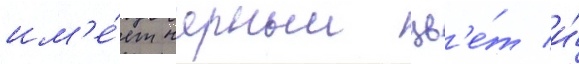
им'е́ет черныи цв'е́т и́